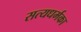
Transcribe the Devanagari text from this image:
सत्यधर्मका